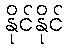
နိုင်နိုင်